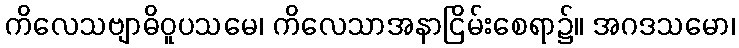
ကိလေသဗျာဓိဝူပသမေ၊ ကိလေသာအနာငြိမ်းစေရာ၌။ အဂဒသမော၊